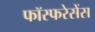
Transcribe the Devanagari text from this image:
फॉस्फरेसेंस